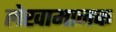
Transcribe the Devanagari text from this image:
लेखामानक